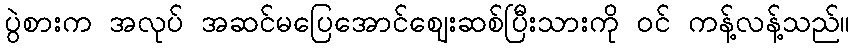
ပွဲစားက အလုပ် အဆင်မပြေအောင်ဈေးဆစ်ပြီးသားကို ဝင် ကန့်လန့်သည်။